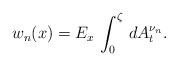
\begin{align*}w_{n}(x)=E_{x}\,\int_{0}^{\zeta}\,dA^{\nu_{n}}_{t}.\end{align*}